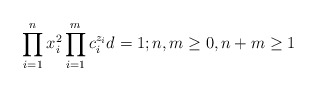
\begin{align*}\prod_{i=1}^nx_i^2\prod_{i=1}^mc_i^{z_i}d=1; n,m\geq 0,n+m\geq 1\end{align*}